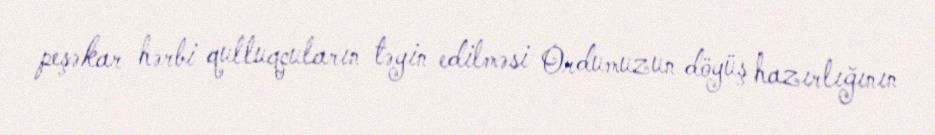
peşəkar hərbi qulluqçuların təyin edilməsi Ordumuzun döyüş hazırlığının